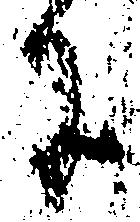
に